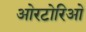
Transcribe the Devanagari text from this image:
ओरटोरिओ